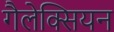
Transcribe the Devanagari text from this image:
गैलेक्सियन